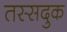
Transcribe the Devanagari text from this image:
तस्सदुक